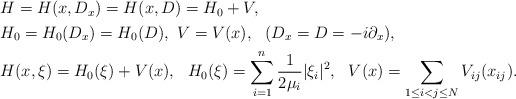
LaTeX: \begin{align*}\begin{aligned}&H=H(x,D_x)=H(x,D)=H_0+V,\\&H_0=H_0(D_x)=H_0(D),\ V=V(x),\ \ (D_x=D=-i\partial_x),\\&H(x,\xi)=H_0(\xi)+V(x),\ \ H_0(\xi)=\sum_{i=1}^n\frac{1}{2\mu_i}|\xi_i|^2, \ \ V(x)=\sum_{1\le i<j\le N}V_{ij}(x_{ij}).\end{aligned}\end{align*}